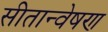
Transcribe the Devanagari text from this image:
सीतान्वेषण